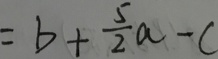
= b + \frac { 5 } { 2 } a - c